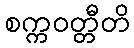
စက္ကဝတ္တီတိ